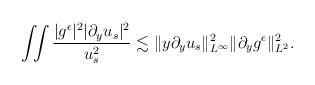
LaTeX: \begin{align*}\begin{aligned}\iint \frac{|g^\epsilon|^2|\partial_y u_s|^2}{u_s^2}\lesssim \Vert y\partial_y u_s\Vert_{L^\infty}^2\Vert \partial_y g^\epsilon\Vert_{L^2}^2.\end{aligned}\end{align*}